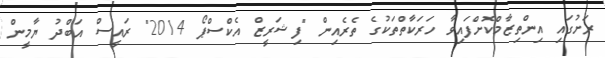
ރަށުގައި އިންތިޒާމްކޮށްފައިވާ ހަރަކާތްތަކުގެ ތެރެއިން "ފިޝަރީޒް އެކްސްޕޯ 2014" ރައީސް އަބްދު ޔާމީން